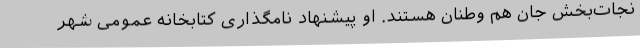
نجات‌بخش جان هم وطنان هستند. او پیشنهاد نامگذاری کتابخانه عمومی شهر